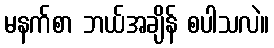
မနက်စာ ဘယ်အချိန် စပါသလဲ။